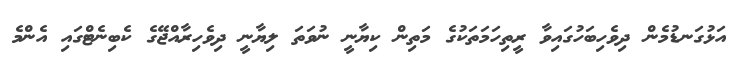
އަޅުގަނޑުމެން ދިވެހިބަހުގައިވާ ރީތިހަމަތަކުގެ މަތިން ކިޔާނީ ނުވަތަ ލިޔާނީ ދިވެހިރާއްޖޭގެ ކެބިނެޓްގައި އެންމެ